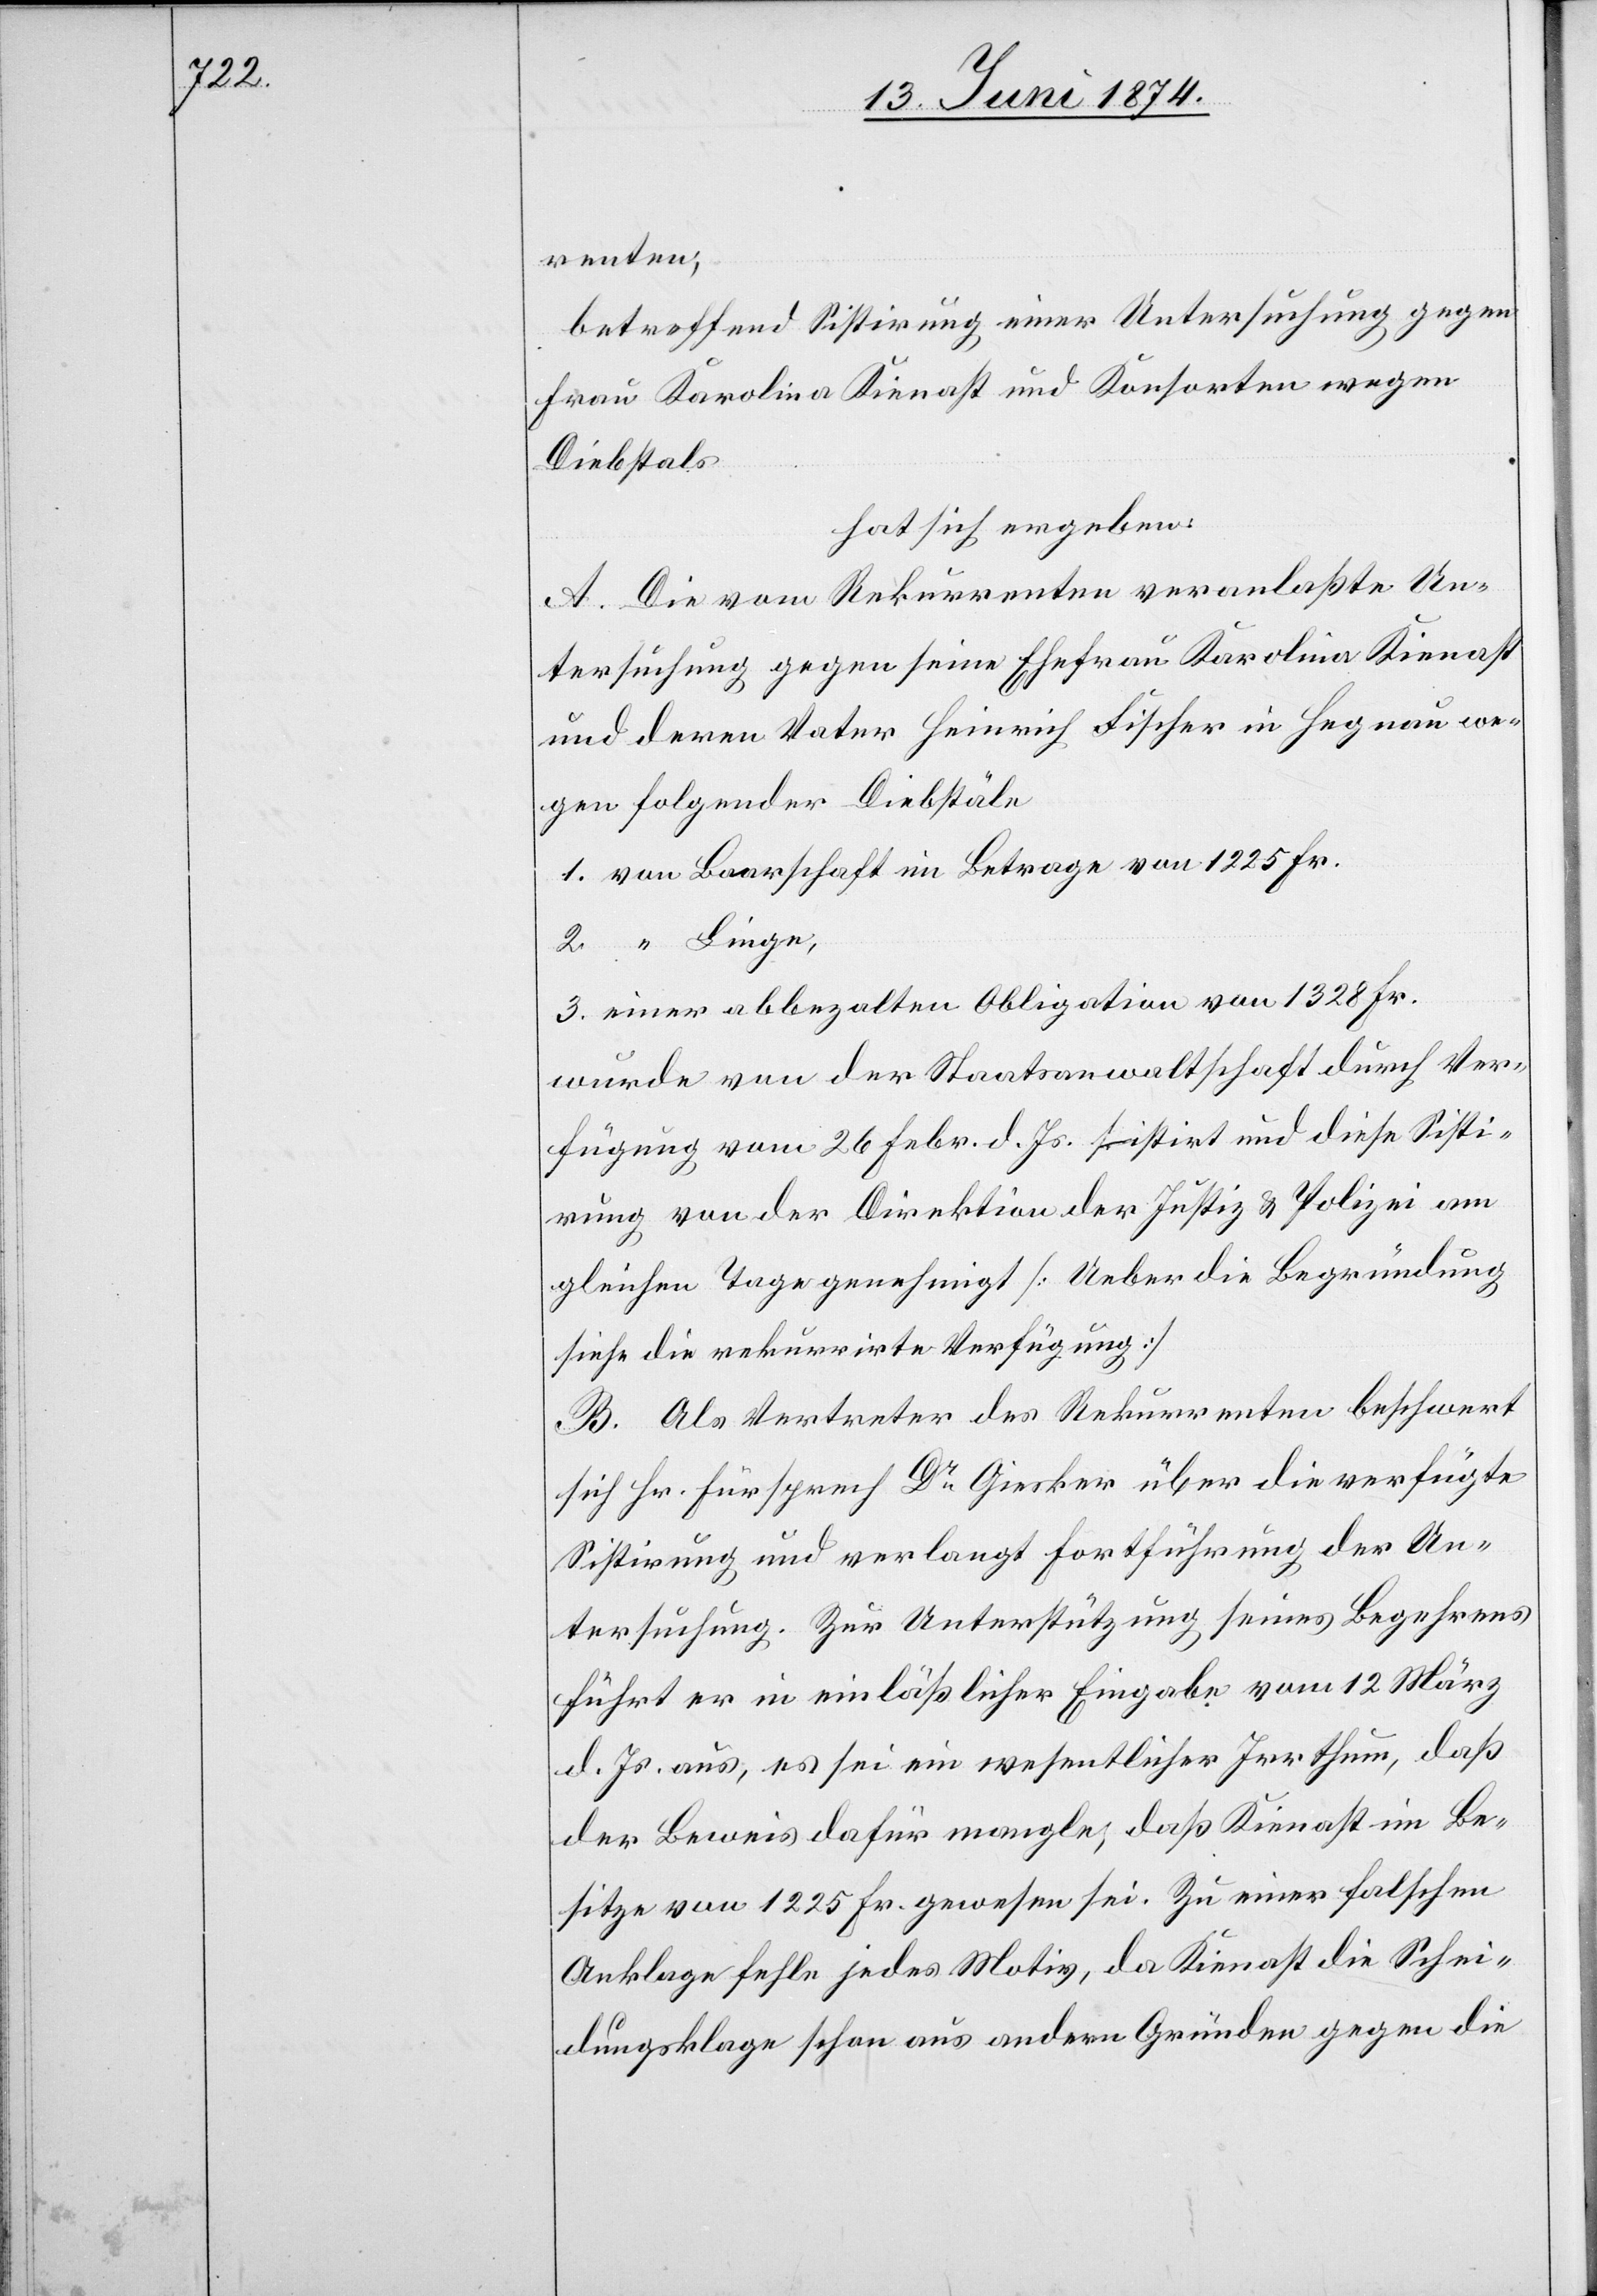
renten,
betreffend Sistirung einer Untersuchung gegen
Frau Karolina Kienast und Konsorten wegen
Diebstals
hat sich ergeben:
A. Die vom Rekurrenten veranlaßte Un¬
tersuchung gegen seine Ehefrau Karolina Kienast
und deren Vater Heinrich Fischer in Hegnau we¬
gen folgender Diebstäle
1. von Baarschaft im Betrage von 1225 Fr.
2. “ Linge,
3. einer abbezahlten Obligation von 1328 Fr.
wurde von der Staatsanwaltschaft durch Ver¬
fügung vom 26. Febr. d. Js. sisitirt und diese Sisti¬
rung von der Direktion der Justiz u. Polizei am
gleichen Tage genehmigt [Ueber die Begründung
siehe die rekurrirte Verfügung]
B. Als Vertreter des Rekurrenten beschwert
sich Hr. Fürsprech Dr Giesker über die verfügte
Sistirung und verlangt Fortführung der Un¬
tersuchung. Zur Unterstützung seines Begehrens
führt er in einläßlicher Eingabe vom 12. März
d. Js. aus, es sei ein wesentlicher Irrthum, daß
der Beweis dafür mangele, daß Kienast im Be¬
sitze von 1225 Fr. gewesen sei. Zu einer falschen
Anklage fehle jedes Motiv, da Kienast die Schei¬
dungsklage schon aus andern Gründen gegen die